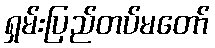
ရှမ်းပြည်တပ်မတော်